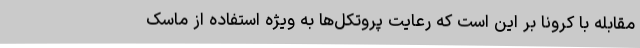
مقابله با کرونا بر این است که رعایت پروتکل‌ها به ویژه استفاده از ماسک